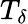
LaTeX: T_{\mathbf{\delta}}